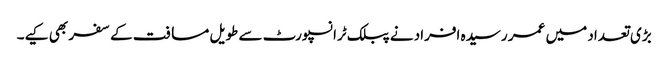
بڑی تعداد میں عمر رسیدہ افراد نے پبلک ٹرانسپورٹ سے طویل مسافت کے سفر بھی کیے۔